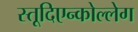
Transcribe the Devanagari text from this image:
स्तूदिएन्कोल्लेग